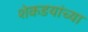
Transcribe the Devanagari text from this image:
शेकडयांच्या